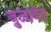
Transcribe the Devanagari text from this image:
जुळावेत